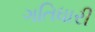
ગતિધારી